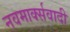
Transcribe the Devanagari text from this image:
नवमार्क्सवादी